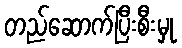
တည်ဆောက်ပြီးစီးမှု